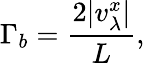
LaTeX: \Gamma_{b}=\frac{2|v_{\lambda}^{x}|}{L},